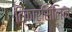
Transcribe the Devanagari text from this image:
टिकार्सिलिन